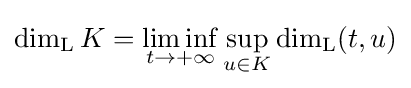
\dim _{\rm {L}}K=\liminf _{t\to +\infty }\sup \limits _{u\in K}\dim _{\rm {L}}(t,u)